38_143685_box7_Incident_Summaries_1-100
Agency: Department of War
Page 50
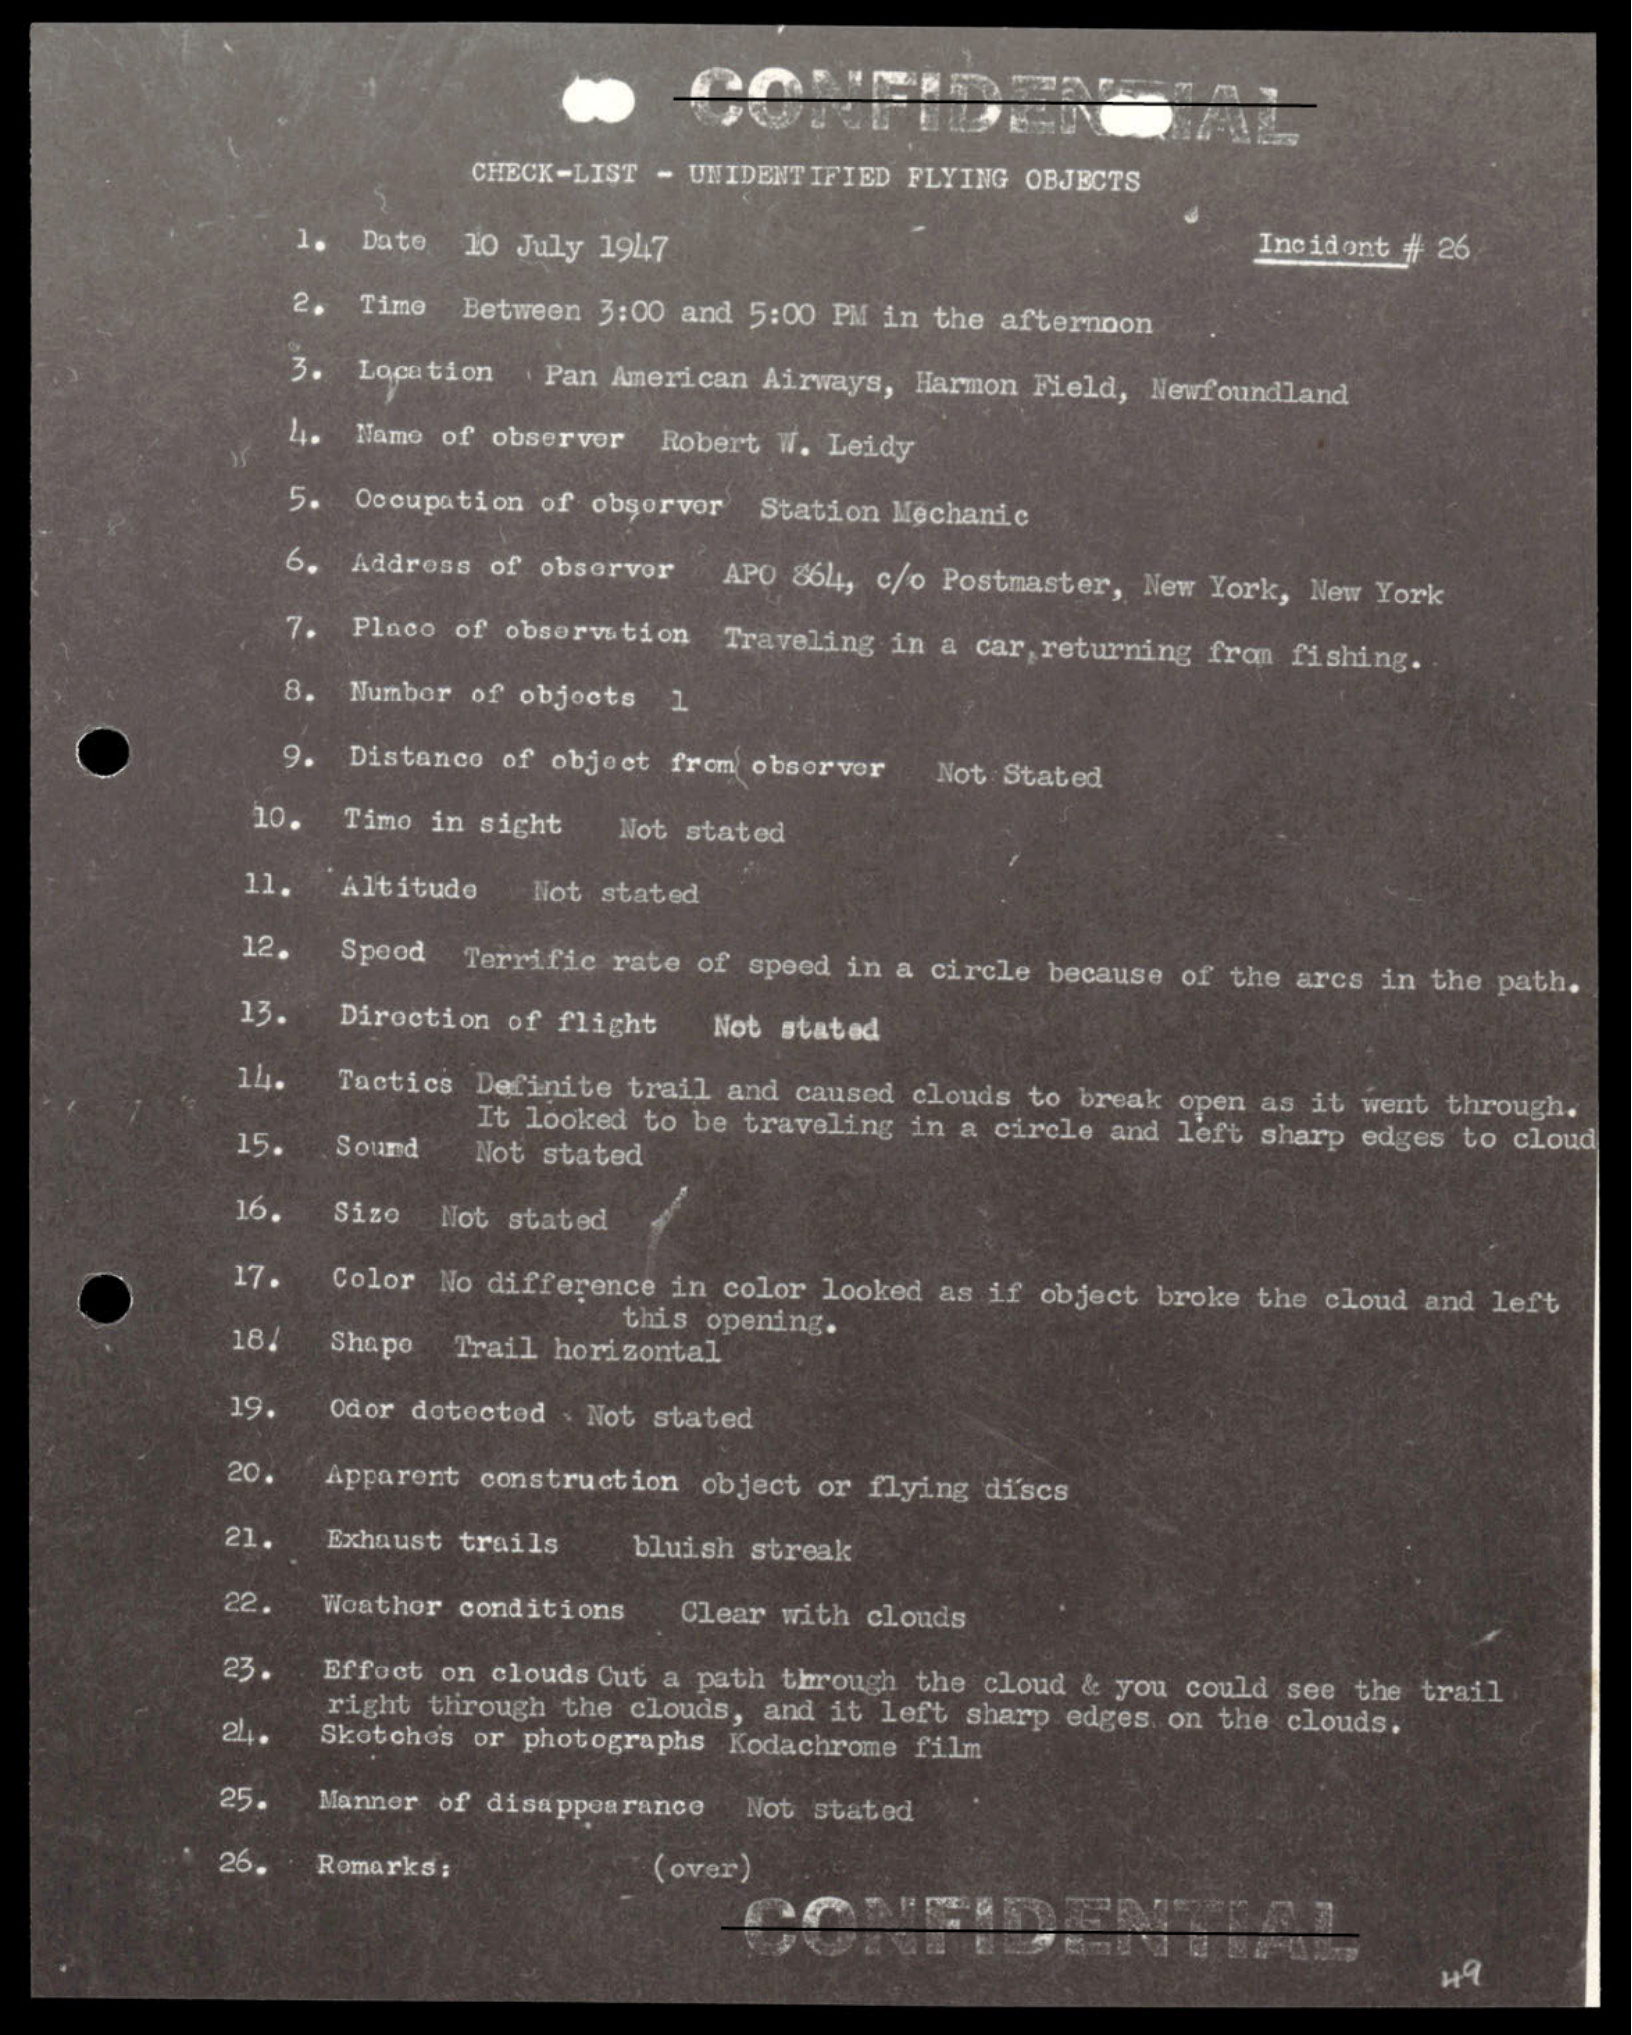